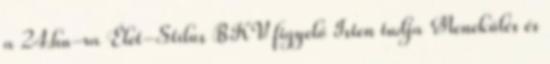
a 24.hu-ra Élet-Stílus BKV figyelő Isten tudja Menekülés és